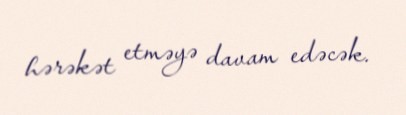
hərəkət etməyə davam edəcək.